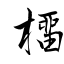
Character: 橊